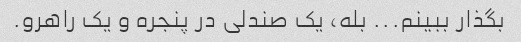
بگذار ببینم... بله، یک صندلی در پنجره و یک راهرو.